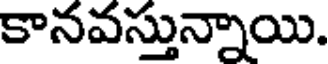
కానవస్తున్నాయి.